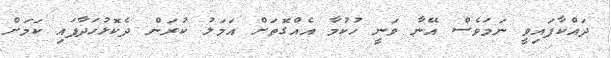
ދައްކާފައިވީ ނަމަވެސް އޭނާ ވަނީ ހުކުމާ އެއްގޮތަށް އަމަލު ކުރަން ދެކޮޅުހަދާފައި ކަމަށް